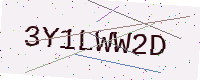
Text: 3Y1LWW2D